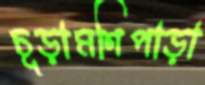
চূড়ামণিপাড়া